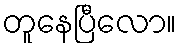
တူနေပြီလော။